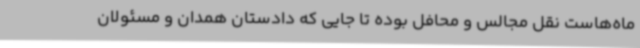
ماه‌هاست نقل مجالس و محافل بوده تا جایی که دادستان همدان و مسئولان